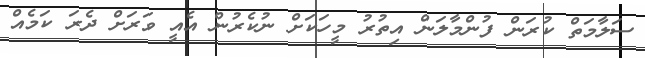
ސަލާމަތް ކުރަން ފުންމާލަން އިތުރު މީހަކަށް ނުކެރުން އެއީ ވަރަށް ދެރަ ކަމެއް